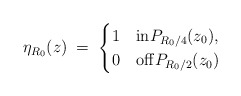
\begin{align*}\eta_{R_0} (z) \; = \;\begin{cases}1 & \mathrm{in} P_{R_0/4} (z_0),\\0 & \mathrm{off} P_{R_0/2} (z_0)\end{cases}\end{align*}